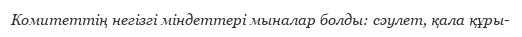
Комитеттің негізгі міндеттері мыналар болды: сәулет, қала құры-